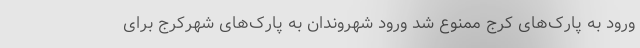
ورود به پارک‌های کرج ممنوع شد ورود شهروندان به پارک‌های شهرکرج برای